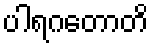
ပါရဂတောတိ